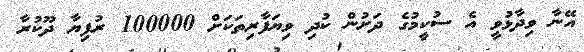
އޭނާ ވިދާޅުވީ އެ ސުކީމުގެ ދަށުން ކުދި ވިޔަފާރިތަކަށް 100000 ރުފިޔާ ދޫކުރާ